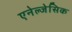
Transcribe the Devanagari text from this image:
एनेल्जेसिक